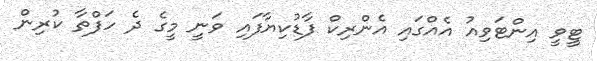
ޓީވީ އިންޓަވިއު އެއްގައި އެންރިކް ފާޑުކިޔާފައި ވަނީ މީގެ ދެ ހަފްތާ ކުރިން